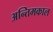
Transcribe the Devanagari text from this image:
अन्तिमकाल